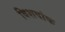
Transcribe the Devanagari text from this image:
विशषांक